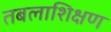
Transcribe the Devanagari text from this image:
तबलाशिक्षण